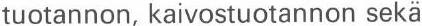
tuotannon, kaivostuotannon sekä